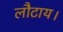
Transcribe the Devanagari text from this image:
लौटाय।